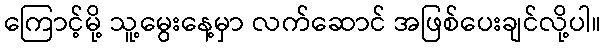
ကြောင့်မို့ သူ့မွေးနေ့မှာ လက်ဆောင် အဖြစ်ပေးချင်လို့ပါ။